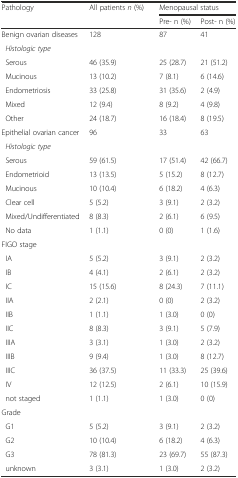
<table><thead><tr><td rowspan="2"><b>Pathology</b></td><td rowspan="2"><b>All patients <i>n</i> (%)</b></td><td colspan="2"><b>Menopausal status</b></td></tr><tr><td><b>Pre- n (%)</b></td><td><b>Post- n (%)</b></td></tr></thead><tbody><tr><td>Benign ovarian diseases</td><td>128</td><td>87</td><td>41</td></tr><tr><td colspan="4"><i> Histologic type</i></td></tr><tr><td> Serous</td><td>46 (35.9)</td><td>25 (28.7)</td><td>21 (51.2)</td></tr><tr><td> Mucinous</td><td>13 (10.2)</td><td>7 (8.1)</td><td>6 (14.6)</td></tr><tr><td> Endometriosis</td><td>33 (25.8)</td><td>31 (35.6)</td><td>2 (4.9)</td></tr><tr><td> Mixed</td><td>12 (9.4)</td><td>8 (9.2)</td><td>4 (9.8)</td></tr><tr><td> Other</td><td>24 (18.7)</td><td>16 (18.4)</td><td>8 (19.5)</td></tr><tr><td>Epithelial ovarian cancer</td><td>96</td><td>33</td><td>63</td></tr><tr><td colspan="4"><i> Histologic type</i></td></tr><tr><td> Serous</td><td>59 (61.5)</td><td>17 (51.4)</td><td>42 (66.7)</td></tr><tr><td> Endometrioid</td><td>13 (13.5)</td><td>5 (15.2)</td><td>8 (12.7)</td></tr><tr><td> Mucinous</td><td>10 (10.4)</td><td>6 (18.2)</td><td>4 (6.3)</td></tr><tr><td> Clear cell</td><td>5 (5.2)</td><td>3 (9.1)</td><td>2 (3.2)</td></tr><tr><td> Mixed/Undifferentiated</td><td>8 (8.3)</td><td>2 (6.1)</td><td>6 (9.5)</td></tr><tr><td> No data</td><td>1 (1.1)</td><td>0 (0)</td><td>1 (1.6)</td></tr><tr><td colspan="4">FIGO stage</td></tr><tr><td> IA</td><td>5 (5.2)</td><td>3 (9.1)</td><td>2 (3.2)</td></tr><tr><td> IB</td><td>4 (4.1)</td><td>2 (6.1)</td><td>2 (3.2)</td></tr><tr><td> IC</td><td>15 (15.6)</td><td>8 (24.3)</td><td>7 (11.1)</td></tr><tr><td> IIA</td><td>2 (2.1)</td><td>0 (0)</td><td>2 (3.2)</td></tr><tr><td> IIB</td><td>1 (1.1)</td><td>1 (3.0)</td><td>0 (0)</td></tr><tr><td> IIC</td><td>8 (8.3)</td><td>3 (9.1)</td><td>5 (7.9)</td></tr><tr><td> IIIA</td><td>3 (3.1)</td><td>1 (3.0)</td><td>2 (3.2)</td></tr><tr><td> IIIB</td><td>9 (9.4)</td><td>1 (3.0)</td><td>8 (12.7)</td></tr><tr><td> IIIC</td><td>36 (37.5)</td><td>11 (33.3)</td><td>25 (39.6)</td></tr><tr><td> IV</td><td>12 (12.5)</td><td>2 (6.1)</td><td>10 (15.9)</td></tr><tr><td> not staged</td><td>1 (1.1)</td><td>1 (3.0)</td><td>0 (0)</td></tr><tr><td colspan="4">Grade</td></tr><tr><td> G1</td><td>5 (5.2)</td><td>3 (9.1)</td><td>2 (3.2)</td></tr><tr><td> G2</td><td>10 (10.4)</td><td>6 (18.2)</td><td>4 (6.3)</td></tr><tr><td> G3</td><td>78 (81.3)</td><td>23 (69.7)</td><td>55 (87.3)</td></tr><tr><td> unknown</td><td>3 (3.1)</td><td>1 (3.0)</td><td>2 (3.2)</td></tr></tbody></table>